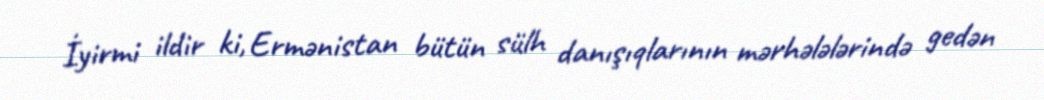
İyirmi ildir ki, Ermənistan bütün sülh danışıqlarının mərhələlərində gedən